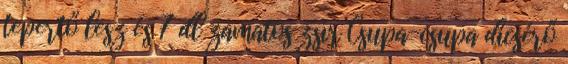
tepertő lesz és 7 dl zamatos zsír Csupa-csupa dicsérő